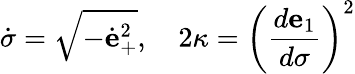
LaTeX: {\dot{\sigma}}=\sqrt{-{\dot{\mathbf e}}_{+}^{2}},\quad 2\kappa=\left({\frac{d{\mathbf e}_{1}}{d\sigma}}\right)^{2}